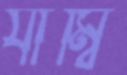
যাম্বি